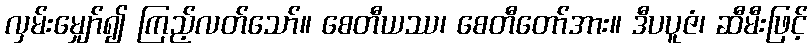
လှမ်းမျှော်၍ ကြည့်လတ်သော်။ စေတီယဿ၊ စေတီတော်အား။ ဒီပပူဇံ၊ ဆီမီးဖြင့်